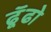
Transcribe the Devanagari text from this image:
ढॅूढो